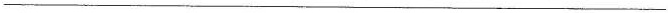
___